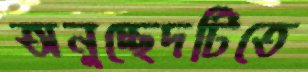
অনুচ্ছেদটিতে